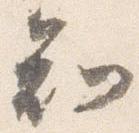
知